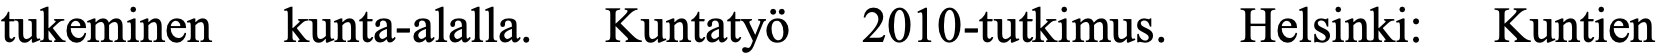
tukeminen kunta-alalla. Kuntatyö 2010-tutkimus. Helsinki: Kuntien